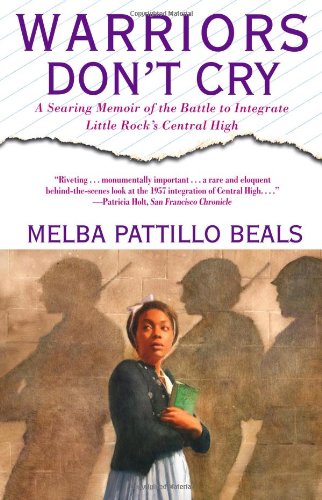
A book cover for Warriors Don't Cry: A Searing Memoir of the Battle to Integrate Little Rock's Central High; Melba Pattillo Beals; Biographies & Memoirs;